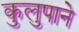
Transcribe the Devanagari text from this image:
कुलुपाने